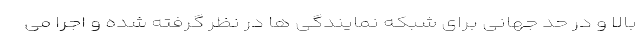
بالا و در حد جهانی برای شبکه نمایندگی ها در نظر گرفته شده و اجرا می